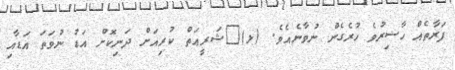
ފަރާތެއް ހާޟިރުވެ ހުރެގެން ނުވާނެއެވެ. (ޅ)	ޝަރީޢަތް ކުރިއަށް ދަނިކޮށް އަޑު ނުވަތަ އަޑާއި